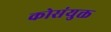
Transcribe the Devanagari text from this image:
कोसंयुक्त